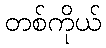
တစ်ကိုယ်